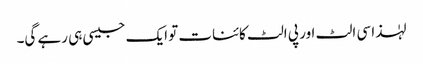
لہٰذا سی الٹ اور پی الٹ کائنات تو ایک جیسی ہی رہے گی۔